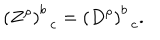
\left( Z ^ { \rho } \right) _ { \; \; c } ^ { b } = \left( D ^ { \rho } \right) _ { \; \; c } ^ { b } .